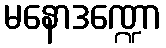
မနောဒဏ္ဍော